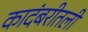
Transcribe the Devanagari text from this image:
कादंबरीतली